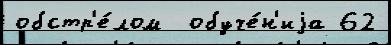
обстр'е́лом  обуче́н'иjа 62